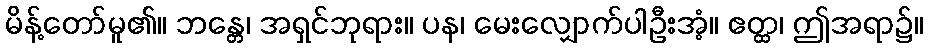
မိန့်တော်မူ၏။ ဘန္တေ၊ အရှင်ဘုရား။ ပန၊ မေးလျှောက်ပါဦးအံ့။ ဧတ္ထ၊ ဤအရာ၌။